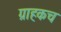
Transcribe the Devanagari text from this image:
ग्राहकच